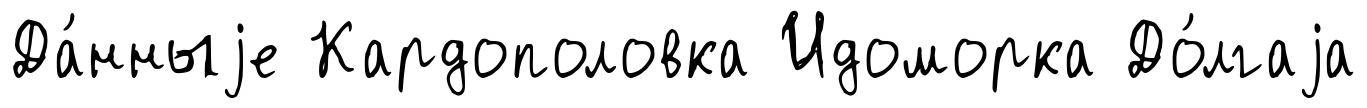
Да́нныjе Кардополовка Идоморка До́лгаjа